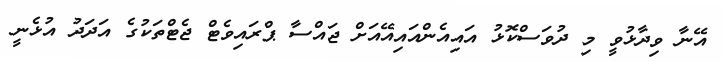
އޭނާ ވިދާޅުވީ މި ދުވަސްކޮޅު އައިއެންއައިއޭއަށް ޖައްސާ ޕްރައިވެޓް ޖެޓްތަކުގެ އަދަދު އުޅެނީ